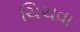
ચિચવા